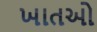
ખાતઓ